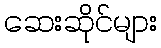
ဆေးဆိုင်များ